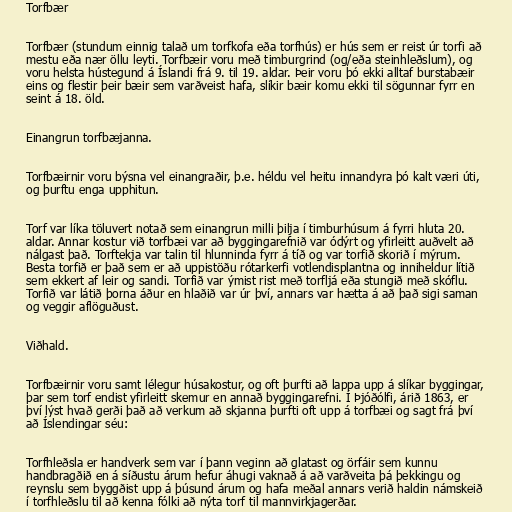
Torfbær

Torfbær (stundum einnig talað um torfkofa eða torfhús) er hús sem er reist úr torfi að
mestu eða nær öllu leyti. Torfbæir voru með timburgrind (og/eða steinhleðslum), og
voru helsta hústegund á Íslandi frá 9. til 19. aldar. Þeir voru þó ekki alltaf burstabæir
eins og flestir þeir bæir sem varðveist hafa, slíkir bæir komu ekki til sögunnar fyrr en
seint á 18. öld.

Einangrun torfbæjanna.

Torfbæirnir voru býsna vel einangraðir, þ.e. héldu vel heitu innandyra þó kalt væri úti,
og þurftu enga upphitun.

Torf var líka töluvert notað sem einangrun milli þilja í timburhúsum á fyrri hluta 20.
aldar. Annar kostur við torfbæi var að byggingarefnið var ódýrt og yfirleitt auðvelt að
nálgast það. Torftekja var talin til hlunninda fyrr á tíð og var torfið skorið í mýrum.
Besta torfið er það sem er að uppistöðu rótarkerfi votlendisplantna og inniheldur lítið
sem ekkert af leir og sandi. Torfið var ýmist rist með torfljá eða stungið með skóflu.
Torfið var látið þorna áður en hlaðið var úr því, annars var hætta á að það sigi saman
og veggir aflöguðust.

Viðhald.

Torfbæirnir voru samt lélegur húsakostur, og oft þurfti að lappa upp á slíkar byggingar,
þar sem torf endist yfirleitt skemur en annað byggingarefni. Í Þjóðólfi, árið 1863, er
því lýst hvað gerði það að verkum að skjanna þurfti oft upp á torfbæi og sagt frá því
að Íslendingar séu:

Torfhleðsla er handverk sem var í þann veginn að glatast og örfáir sem kunnu
handbragðið en á síðustu árum hefur áhugi vaknað á að varðveita þá þekkingu og
reynslu sem byggðist upp á þúsund árum og hafa meðal annars verið haldin námskeið
í torfhleðslu til að kenna fólki að nýta torf til mannvirkjagerðar.